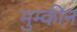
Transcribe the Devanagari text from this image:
मुम्कीन